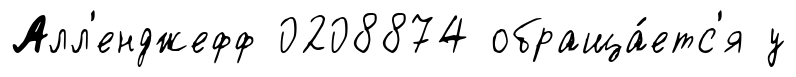
Алл'енджефф 0208874 обраща́етс'я у